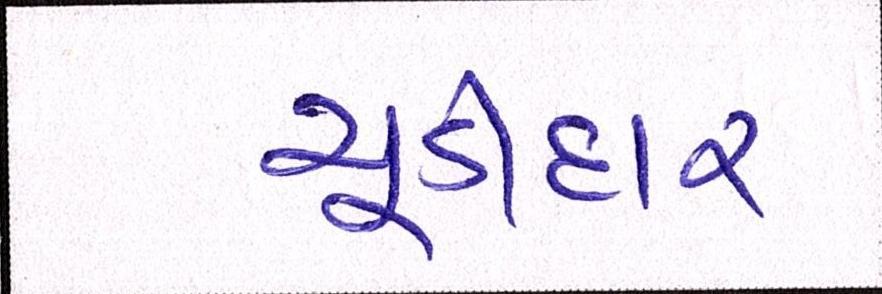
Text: ચૂડીદાર